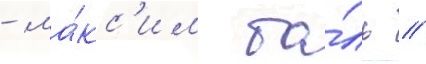
- ма́кс'им ба́ль //